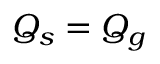
Q _ { s } = Q _ { g }